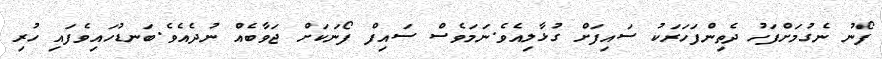
ފޯނު ނެގުމަށްފަހު ދެތިންފަހަރަކު ސައިފަށް ގުޅާލިއެވެ.ނަމަވެސް ސައިފް ފޯނަކަށް ޖަވާބެއް ނުދެއެވެ.ބަނޑުހައިވެފަައި ހުރި